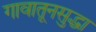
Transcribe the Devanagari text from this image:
गावातूनसुद्धा